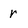
Character: r